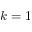
k = 1